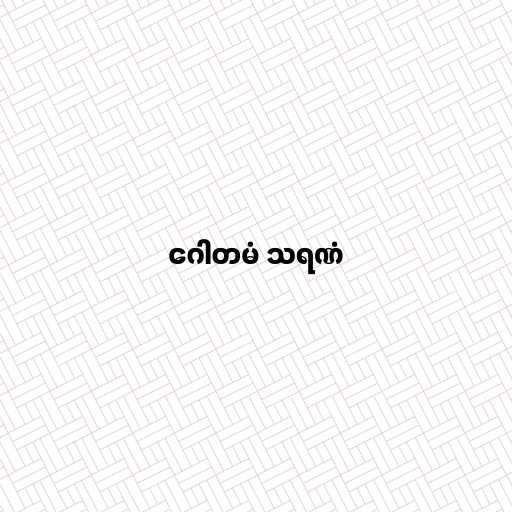
ဂေါတမံ သရဏံ